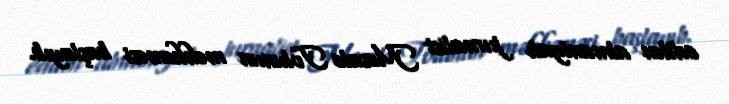
edilən almaniyalı jurnalist Mesale Tolunun məhkəməsi başlayıb.